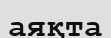
аяқта